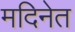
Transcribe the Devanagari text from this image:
मदिनेत